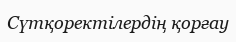
Сүтқоректілердің қорғау